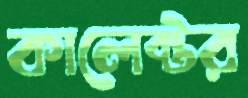
কালেক্টর